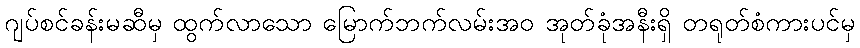
ဂျပ်စင်ခန်းမဆီမှ ထွက်လာသော မြောက်ဘက်လမ်းအဝ အုတ်ခုံအနီးရှိ တရုတ်စံကားပင်မှ